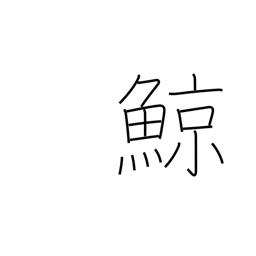
Meaning: whale